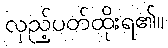
လှည့်ပတ်ထိုးရ၏။